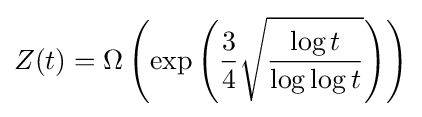
Z(t)=\Omega \left(\exp \left({\frac {3}{4}}{\sqrt {\frac {\log t}{\log \log t}}}\right)\right)